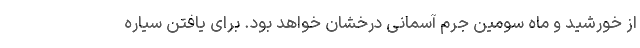
از خورشید و ماه سومین جرم آسمانی درخشان خواهد بود. برای یافتن سیاره